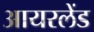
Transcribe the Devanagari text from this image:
आयरलेंड